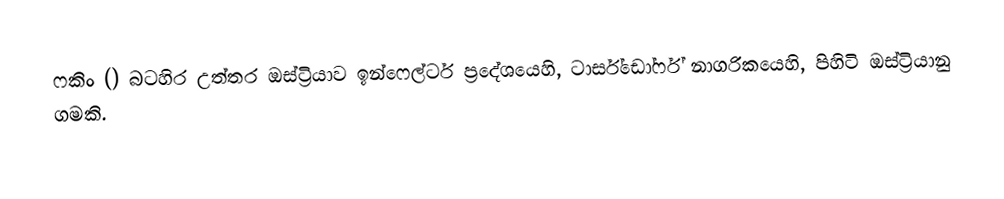
ෆකිං () බටහිර උත්තර ඔස්ට්‍රියාව ඉන්ෆෙල්ටර් ප්‍රදේශයෙහි,  ටාර්ස්ඩෝර්ෆ් නාගරිකයෙහි, පිහිටි  ඔස්ට්‍රියානු ගමකි.